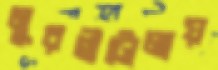
মুরগীটোলায়